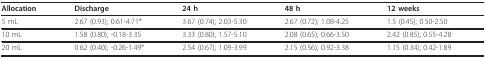
| Allocation | Discharge | 24 h | 48 h | 12 weeks |
 | --- | --- | --- | --- | --- |
 | 5 mL | 2.67 (0.93); 0.61-4.71* | 3.67 (0.74); 2.03-5.30 | 2.67 (0.72); 1.08-4.25 | 1.5 (0.45); 0.50-2.50 |
 | 10 mL | 1.58 (0.80); -0.18-3.35 | 3.33 (0.80); 1.57-5.10 | 2.08 (0.65); 0.66-3.50 | 2.42 (0.85); 0.55-4.28 |
 | 20 mL | 0.62 (0.40); -0.26-1.49* | 2.54 (0.67); 1.09-3.99 | 2.15 (0.56); 0.92-3.38 | 1.15 (0.34); 0.42-1.89 |